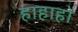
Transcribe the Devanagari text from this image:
हाहाहो